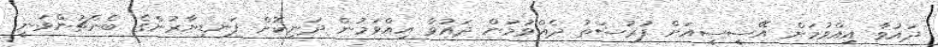
ދައުވާ އިއްވުމަށް އޭސީސީއަށް ފުރުސަތު ދެއްވުމުން ދައުވާ އިއްވަމުން ދަނިކޮށް ފަނޑިޔާރުންގެ ބެންޗުންވަނީ